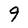
Character: 9